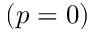
( p = 0 )